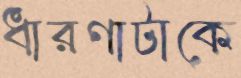
ধারণাটাকে